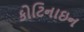
કોટિનાઇન